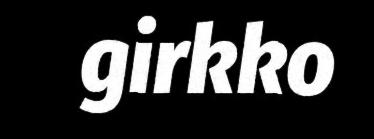
girkko